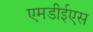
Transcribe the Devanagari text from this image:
एमडीईएस